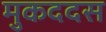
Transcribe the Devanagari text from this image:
मुकददस